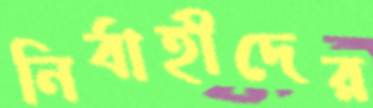
নির্বাহীদের